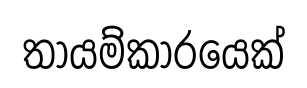
තායම්කාරයෙක්